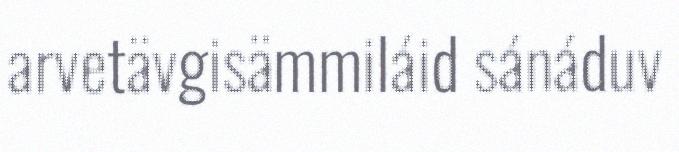
arvetävgisämmiláid sánáduv